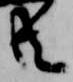
共